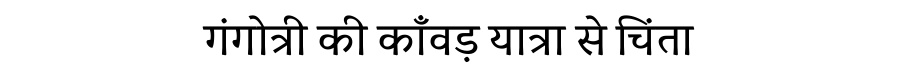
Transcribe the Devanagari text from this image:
गंगोत्री की काँवड़ यात्रा से चिंता